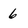
Character: 6